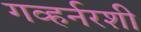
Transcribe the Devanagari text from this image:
गव्हर्नरशी